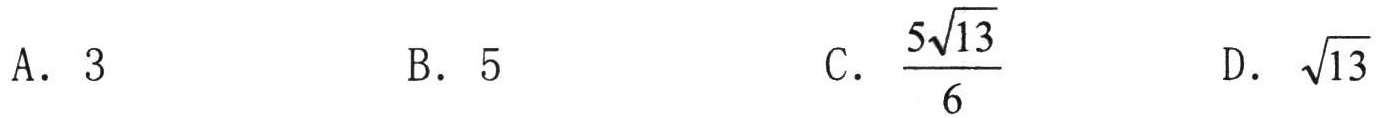
A. \(3\)  B. \(5\)  C. \(\frac{5\sqrt{13}}{6}\)  D. \(\sqrt{13}\)